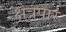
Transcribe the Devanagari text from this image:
क्षेत्रपार